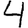
Digit: 4